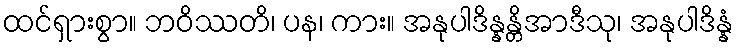
ထင်ရှားစွာ။ ဘဝိဿတိ၊ ပန၊ ကား။ အနုပါဒိန္နန္တိအာဒီသု၊ အနုပါဒိန္နံ